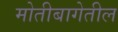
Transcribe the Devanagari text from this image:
मोतीबागेतील